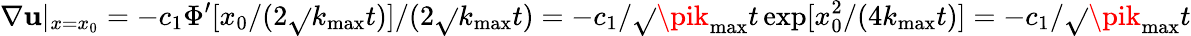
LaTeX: \nabla\mathbf{u}|_{x=x_{0}}=-c_{1}\Phi^{\prime}[x_{0}/(2\sqrt{}{{k_{\operatorname*{max}}}}t)]/(2\sqrt{}{{k_{\operatorname*{max}}}}t)=-c_{1}/\sqrt{}{{\pik_{\operatorname*{max}}t}}\exp[x_{0}^{2}/(4k_{\operatorname*{max}}t)]=-c_{1}/\sqrt{}{{\pik_{\operatorname*{max}}t}}